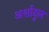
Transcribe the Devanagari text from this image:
अर्शादुल